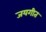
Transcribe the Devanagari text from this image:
जयगीत